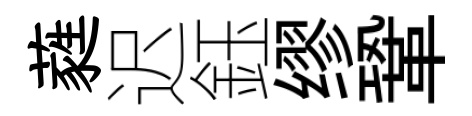
蕤迟鈺缪鞏